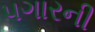
પગારની